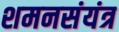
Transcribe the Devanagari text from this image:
शमनसंयंत्र